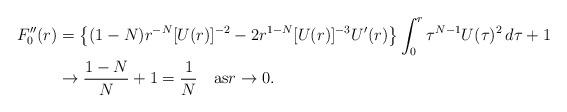
LaTeX: \begin{align*}F_0''(r) & =\left\{(1-N)r^{-N}[U(r)]^{-2}-2r^{1-N}[U(r)]^{-3}U'(r)\right\}\int_0^r \tau^{N-1}U(\tau)^2\,d\tau+1\\ & \to\frac{1-N}{N}+1=\frac{1}{N}\quad\mbox{as}r\to 0.\end{align*}